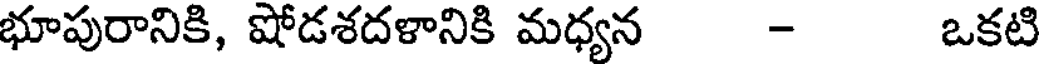
భూపురానికి, షోడశదళానికి మధ్యన - ఒకటి